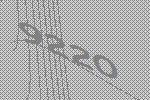
9220